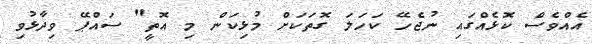
އެއްވެސް ކޮޅެއްގައި ނުޖެހޭ ކަހަލަ ގޮތަކަށް މުޅިކަން މި އޮތީ" ސައްޕޭ ވިދާޅުވި